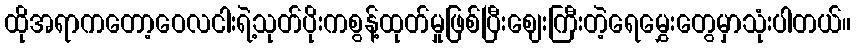
ထိုအရာကတော့ဝေလငါးရဲ့သုတ်ပိုးကစွန့်ထုတ်မှုဖြစ်ပြီးဈေးကြီးတဲ့ရေမွှေးတွေမှာသုံးပါတယ်။